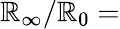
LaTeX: \mathbb{R}_{\infty}/\mathbb{R}_{0}=